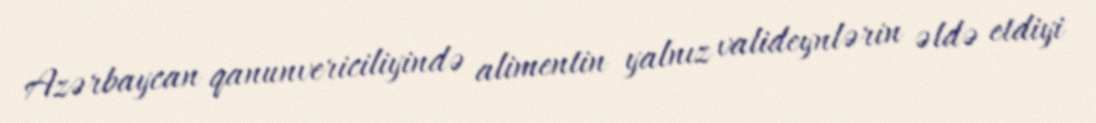
Azərbaycan qanunvericiliyində alimentin yalnız valideynlərin əldə etdiyi